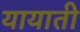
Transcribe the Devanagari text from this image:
यायाती